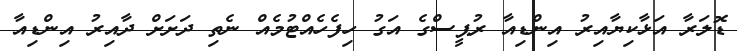
ޑޮލަރާ އަޅާކިޔާއިރު އިންޑިއާ ރުޕީސްގެ އަގު ހިފެހެއްޓުމެއް ނެތި ދަށަށް ދާއިރު އިންޑިއާ